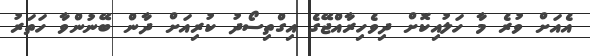
އެއަށް ވުރެ މާ ހަލުއިކޮށް ދިވެހިރާއްޖޭގެ އިގްތިސޯދު ކުރިއަށް ދާން ބޭނުންވާ ހަތަރު